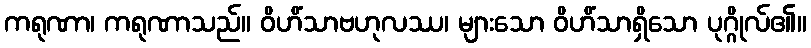
ကရုဏာ၊ ကရုဏာသည်။ ဝိဟိံသာဗဟုလဿ၊ များသော ဝိဟိံသာရှိသော ပုဂ္ဂိုလ်၏။